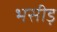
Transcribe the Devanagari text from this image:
भसीड़